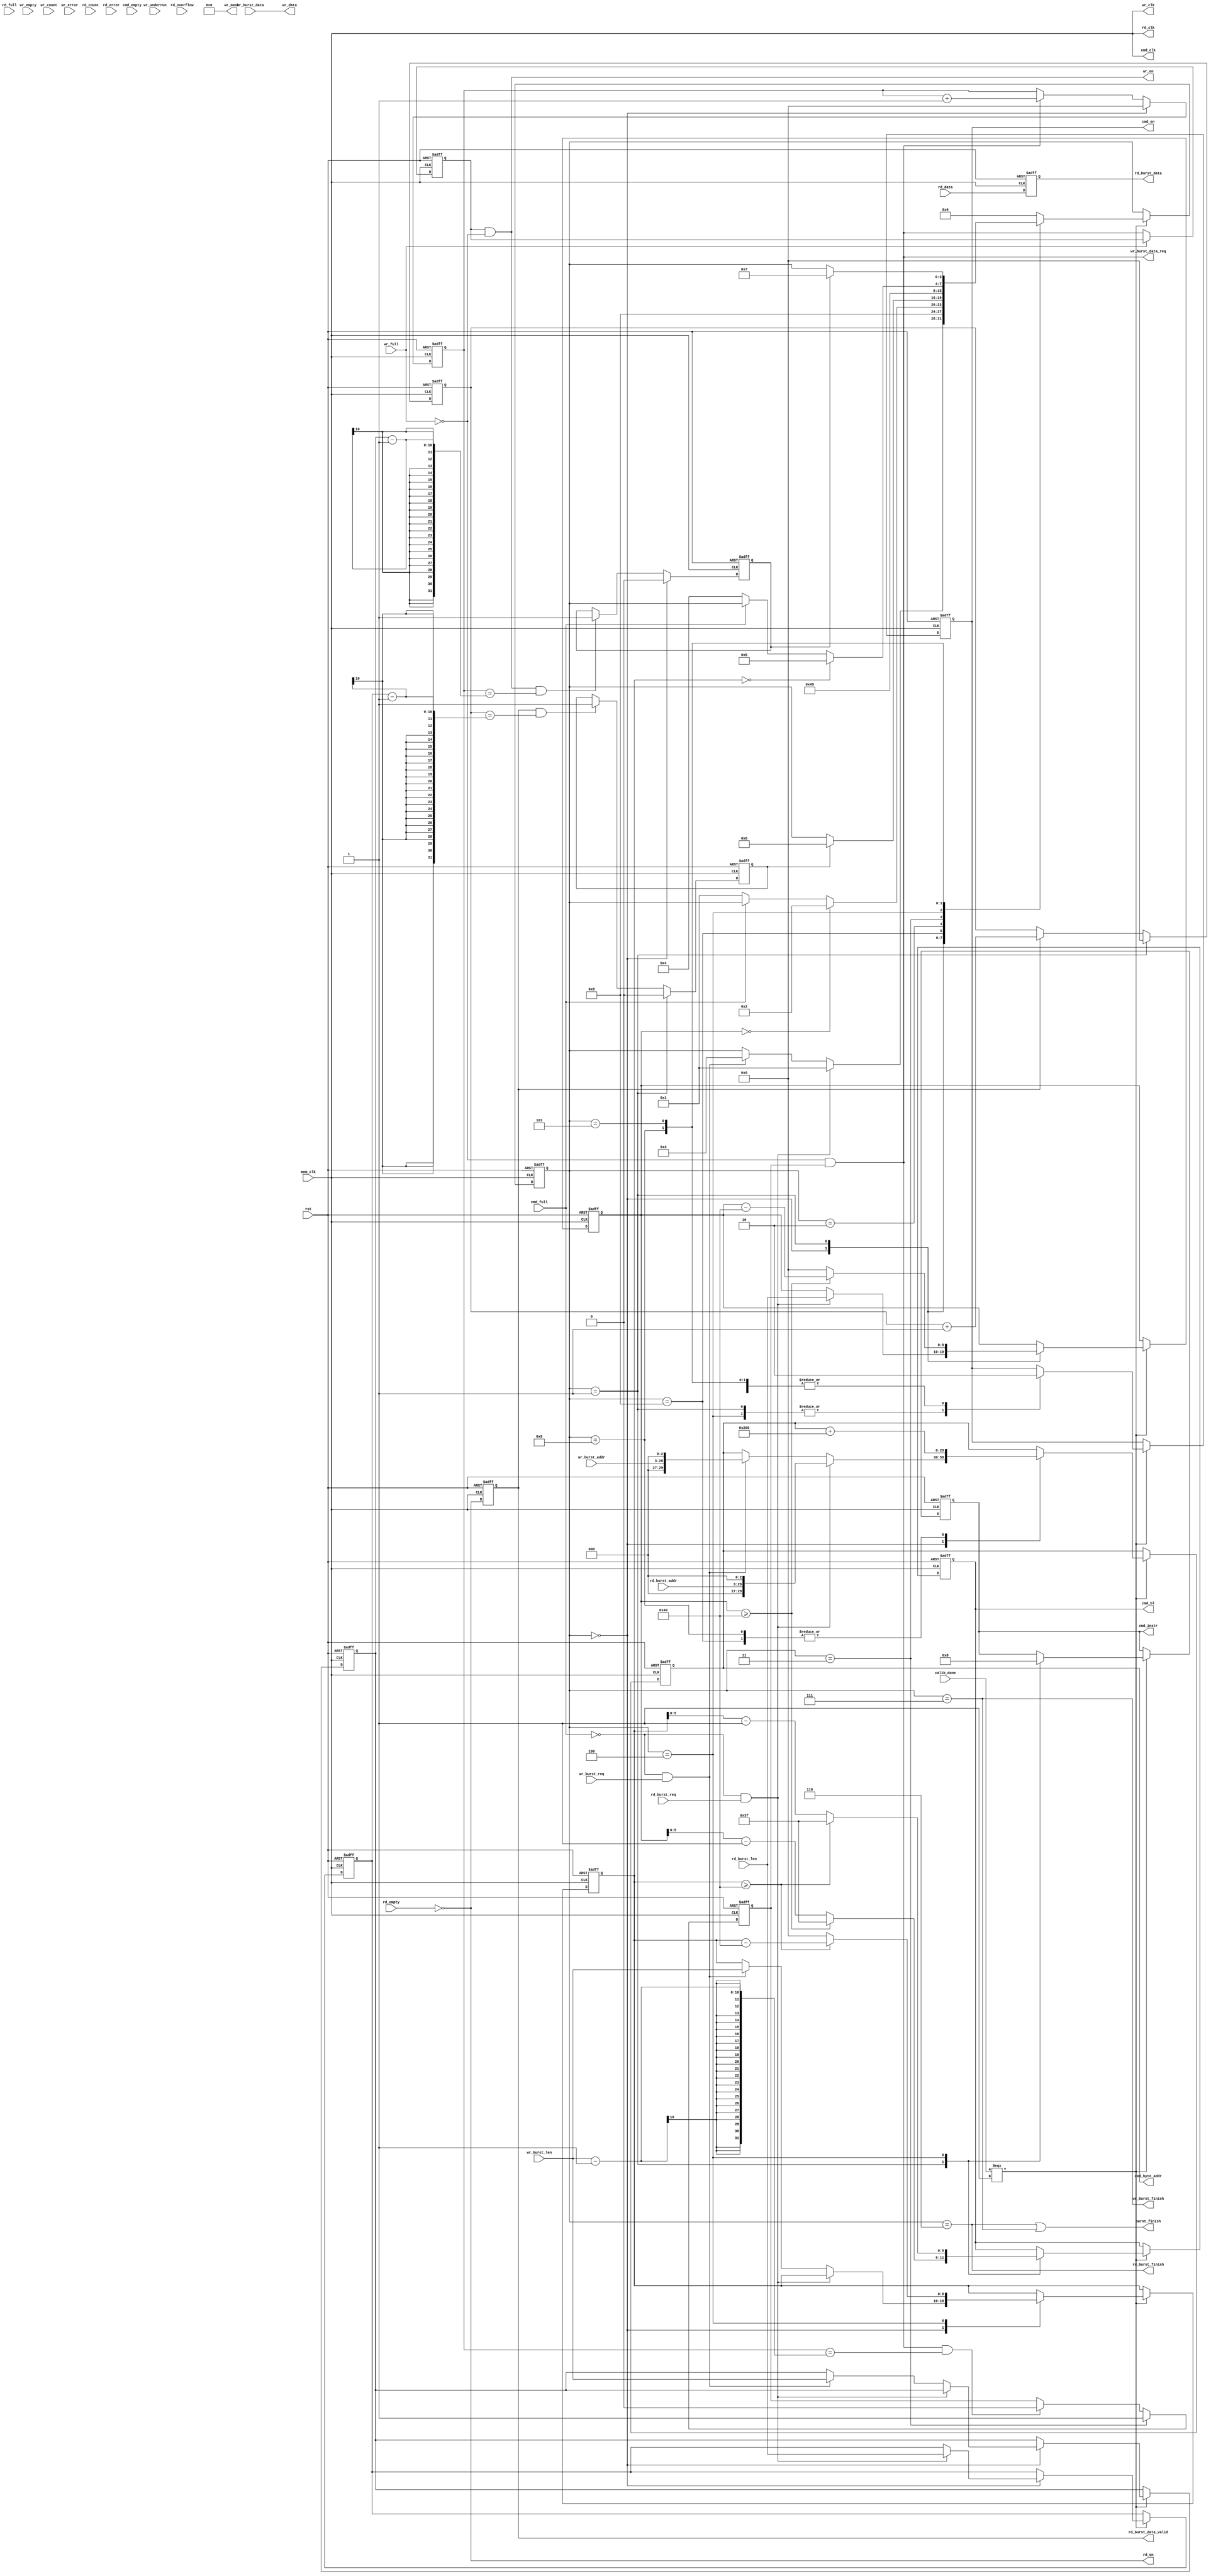
/*ddr2 IP
*/
module mem_burst_v2
#(
	parameter MEM_DATA_BITS = 64,
	parameter ADDR_BITS = 24
)
(
	input rst,                                 /**/
	input mem_clk,                               /**/
	input rd_burst_req,                          /**/
	input wr_burst_req,                          /**/
	input[9:0] rd_burst_len,                     /**/
	input[9:0] wr_burst_len,                     /**/
	input[ADDR_BITS - 1:0] rd_burst_addr,        /**/
	input[ADDR_BITS - 1:0] wr_burst_addr,        /**/
	output rd_burst_data_valid,                  /**/
	output wr_burst_data_req,                    /**/
	output[MEM_DATA_BITS - 1:0] rd_burst_data,   /**/
	input[MEM_DATA_BITS - 1:0] wr_burst_data,    /**/
	output rd_burst_finish,                      /**/
	output wr_burst_finish,                      /**/
	output burst_finish,                         /**/
	
	///////////////////
	input               calib_done,
	output				cmd_clk,
	output reg			cmd_en,
	output reg[2:0] 	cmd_instr,
	output reg[5:0]		cmd_bl,
	output reg[29:0]	cmd_byte_addr,
	input				cmd_empty,
	input				cmd_full,

	output				wr_clk,
	output  			wr_en,
	output[MEM_DATA_BITS/8-1:0]	wr_mask,
	output[MEM_DATA_BITS-1:0]	wr_data,
	input				wr_full,
	input				wr_empty,
	input[6:0]			wr_count,
	input				wr_underrun,
	input				wr_error,

	output				rd_clk,
	output  			rd_en,
	input[MEM_DATA_BITS-1:0]	rd_data,
	input				rd_full,
	input				rd_empty,
	input[6:0]			rd_count,
	input				rd_overflow,
	input				rd_error
);

assign wr_mask = {MEM_DATA_BITS/8{1'b0}};
assign cmd_clk = mem_clk;
assign wr_clk = mem_clk;
assign rd_clk = mem_clk;

localparam IDLE   =  'd0;
localparam READ_CMD   =  'd1;
localparam READ_DATA  =  'd2;
localparam WRITE_DATA = 'd3;
localparam WRITE_CMD = 'd4;
localparam WRITE_WAIT = 'd5;
localparam READ_END   = 'd6;
localparam WRITE_END   = 'd7;
localparam READ_CHEAK   = 'd8;
localparam WRITE_CHEAK   = 'd9;
reg[3:0] state;

reg data_req;
reg wr_en_tmp;
reg[MEM_DATA_BITS-1:0] rd_data_d0;
reg read_data_finish;
reg write_data_finish;
reg rd_en_d0;
reg[9:0] rd_data_cnt;
reg[9:0] wr_data_cnt;
reg[9:0] rd_data_remain;
reg[9:0] wr_data_remain;
reg[9:0] rd_burst_len_latch;
reg[9:0] wr_burst_len_latch;

assign wr_burst_data_req = ~wr_full & data_req;
assign wr_data = wr_burst_data;
assign wr_en = wr_en_tmp & ~wr_full;// & data_req;
assign rd_en = ~rd_empty;
assign rd_burst_data_valid = rd_en_d0;
assign rd_burst_finish = (state == READ_END);
assign wr_burst_finish = (state == WRITE_END);
assign burst_finish = rd_burst_finish | wr_burst_finish;
assign rd_burst_data = rd_data_d0;
always@(posedge mem_clk or posedge rst)
begin
	if(rst)
		wr_en_tmp <= 1'b0;
	else if(~wr_full)
		wr_en_tmp <= wr_burst_data_req;
end



always@(posedge mem_clk or posedge rst)
begin
	if(rst)
		data_req <= 1'b0;
	else if(state == WRITE_DATA)
		data_req <= 1'b1;
	else if(wr_burst_data_req && (wr_data_cnt == wr_burst_len - 'd1))
		data_req <= 1'b0;
end

always@(posedge mem_clk or posedge rst)
begin
	if(rst)
		rd_en_d0 <= 1'b0;
	else 
		rd_en_d0 <= rd_en;
end

always@(posedge mem_clk or posedge rst)
begin
	if(rst)
		rd_data_d0 <= {MEM_DATA_BITS{1'b0}};
	else 
		rd_data_d0 <= rd_data;
end

always@(posedge mem_clk or posedge rst)
begin
	if(rst)
		rd_data_cnt <= 10'd0;
	else if(state == READ_CMD)
		rd_data_cnt <= 10'd0;
	else if(rd_en_d0)
		rd_data_cnt <= rd_data_cnt + 10'd1;
end

always@(posedge mem_clk or posedge rst)
begin
	if(rst)
		wr_data_cnt <= 10'd0;
	else if(state == IDLE)
		wr_data_cnt <= 10'd0;
	else if(wr_burst_data_req)
		wr_data_cnt <= wr_data_cnt + 10'd1;
end

always@(posedge mem_clk or posedge rst)
begin
	if(rst)
		read_data_finish <= 1'd0;
	else if(state == READ_CMD)
		read_data_finish <= 1'd0;
	else if(rd_en_d0 && (rd_data_cnt == rd_burst_len_latch - 'd1))
		read_data_finish <= 1'd1;
end

always@(posedge mem_clk or posedge rst)
begin
	if(rst)
		write_data_finish <= 1'd0;
	else if(state == IDLE)
		write_data_finish <= 1'd0;
	else if(wr_en && (wr_data_cnt == wr_burst_len_latch - 'd1))
		write_data_finish <= 1'd1;
end

always@(posedge mem_clk or posedge rst)
begin
	if(rst)
	begin
		state <= IDLE;
		cmd_en <= 1'b0;
		cmd_instr <= 3'b000;
		cmd_bl <= 'd0;
		cmd_byte_addr <= 'd0;
		rd_data_remain <= 'd0;
		wr_data_remain <= 'd0;
		rd_burst_len_latch <= 10'd0;
		wr_burst_len_latch <= 10'd0;
	end
	else if(calib_done ===  1'b1)
	begin
		case(state)
			IDLE:
			begin
				if(!cmd_full && rd_burst_req)
				begin
					state <= READ_CMD;
					cmd_byte_addr <= {rd_burst_addr,3'd0};
					rd_data_remain <= rd_burst_len;
					rd_burst_len_latch <= rd_burst_len;
				end
				else if(!cmd_full && wr_burst_req)
				begin
					state <= WRITE_DATA;
					cmd_byte_addr <= {wr_burst_addr,3'd0};
					wr_data_remain <= wr_burst_len;
					wr_burst_len_latch <= wr_burst_len;
				end
			end
			READ_CMD:
			begin
				cmd_en <= 1'b1;
				cmd_instr <= 3'b001;
				if(rd_data_remain >= 64)
				begin
					cmd_bl <= 6'd63;
					rd_data_remain <= rd_data_remain - 'd64;
				end
				else
				begin
					cmd_bl <= rd_data_remain - 'd1;
					rd_data_remain <= 'd0;
				end
				state <= READ_CHEAK;	
			end
			READ_CHEAK:
			begin
				cmd_en <= 1'b0;
				cmd_byte_addr <= cmd_byte_addr + {26'd64,3'd0};
				if(rd_data_remain == 'd0)
				begin
					state <= READ_DATA;
				end
				else if(!cmd_full)
				begin
					state <= READ_CMD;
				end
			end
			READ_DATA:
			begin
				cmd_en <= 1'b0;
				if(read_data_finish)
				begin
					state <= READ_END;
				end
			end
			WRITE_DATA:
			begin
				state <= WRITE_CMD;
			end
			WRITE_CMD:
			begin
				cmd_en <= 1'b1;
				cmd_instr <= 3'b000;
				if(wr_data_remain >= 'd64)
				begin
					cmd_bl <= 6'd63;
					wr_data_remain <= wr_data_remain - 'd64;
				end
				else
				begin
					cmd_bl <= wr_data_remain - 'd1;
					wr_data_remain <= 'd0;
				end
				state <= WRITE_CHEAK;
			end
			WRITE_CHEAK:
			begin
				cmd_en <= 1'b0;
				cmd_byte_addr <= cmd_byte_addr + {26'd64,3'd0};
				if(wr_data_remain == 'd0)
				begin
					state <= WRITE_WAIT;
				end
				else if(!cmd_full)
				begin
					state <= WRITE_CMD;
				end
			end
			WRITE_WAIT:
			begin
				cmd_en <= 1'b0;
				if(write_data_finish)
					state <= WRITE_END;
			end
			READ_END:
			begin
				state <= IDLE;
			end
			WRITE_END:
			begin
				state <= IDLE;
			end
			default:
				state <= IDLE;
		endcase
	end
end
endmodule